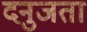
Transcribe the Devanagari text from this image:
दनुजता